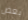
بعض